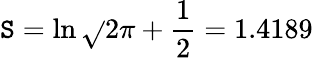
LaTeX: \mathtt{S}=\ln{\sqrt{}{{2\pi}}}+\frac{{1}}{{2}}=1.4189